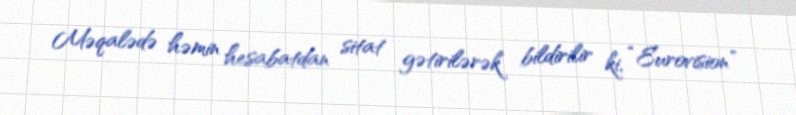
Məqalədə həmin hesabatdan sitat gətirilərək bildirilir ki, “Eurovision”